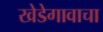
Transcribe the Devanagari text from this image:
खेडेगावाचा